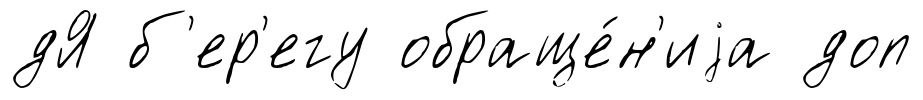
дЯ б'ер'егу обраще́н'иjа доп